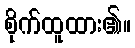
စိုက်ထူထား၏။